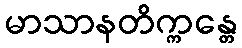
မာသာနတိက္ကန္တေ